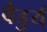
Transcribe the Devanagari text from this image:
वैडुर्य